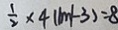
\frac { 1 } { 2 } \times 4 ( \vert m \vert - 3 ) = 8